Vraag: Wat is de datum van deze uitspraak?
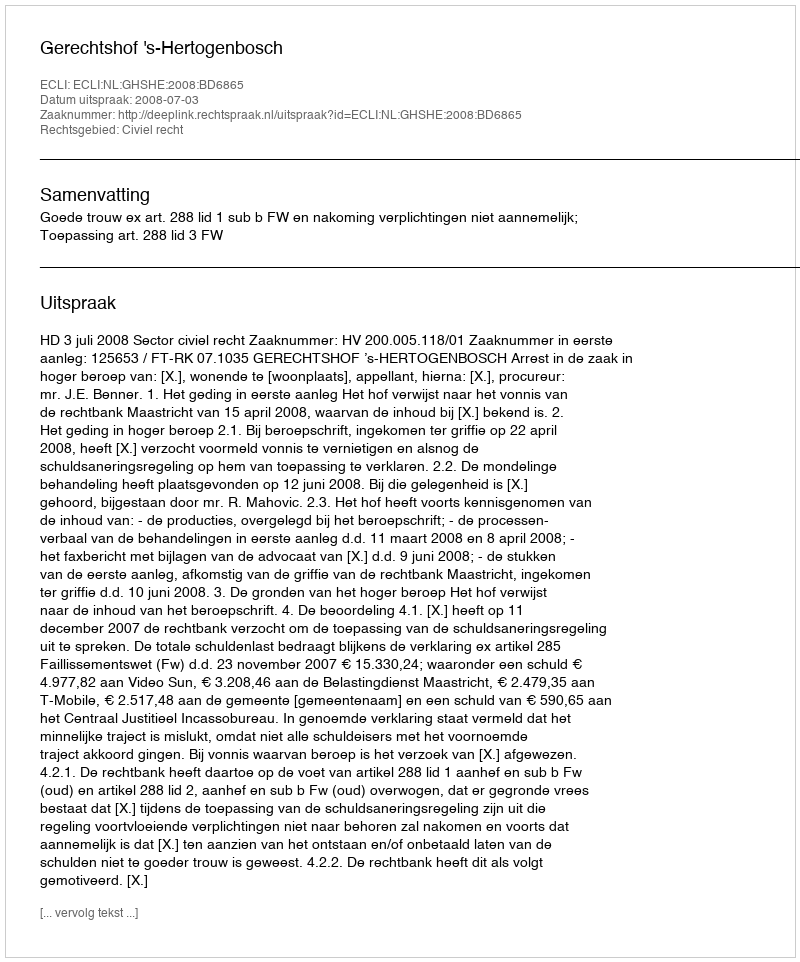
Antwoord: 2008-07-03